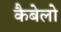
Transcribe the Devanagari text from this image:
कैबेलो